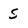
Character: S